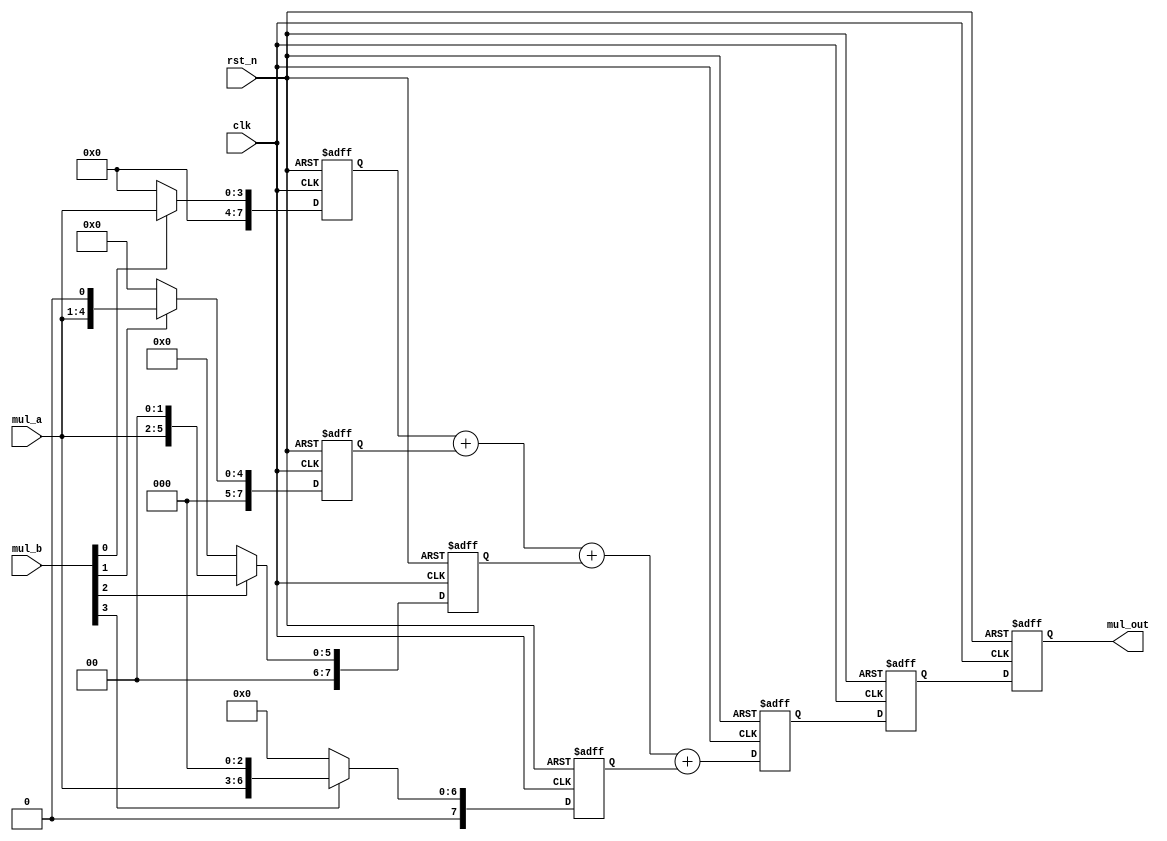
module multi_pipe_4bit #(
    parameter size = 4
) (
    input wire clk,
    input wire rst_n,
    input wire [size-1:0] mul_a,
    input wire [size-1:0] mul_b,
    output wire [2*size-1:0] mul_out
);

    // Intermediate registers for pipeline stages
    reg [2*size-1:0] partial_products[size-1:0];
    reg [2*size-1:0] sum_stage1;
    reg [2*size-1:0] sum_stage2;
    reg [2*size-1:0] final_product;

    // Output assignment
    assign mul_out = final_product;

    // Generate block to create partial products
    genvar i;
    generate
        for (i = 0; i < size; i = i + 1) begin : gen_partial_products
            always @(posedge clk or negedge rst_n) begin
                if (!rst_n) begin
                    partial_products[i] <= 0;
                end else begin
                    // If the corresponding bit in the multiplier is 1,
                    // left-shift the multiplicand by i positions.
                    // Otherwise, the partial product is 0.
                    partial_products[i] <= mul_b[i] ? (mul_a << i) : 0;
                end
            end
        end
    endgenerate

    // Pipeline stage 1: Add partial products
    always @(posedge clk or negedge rst_n) begin
        if (!rst_n) begin
            sum_stage1 <= 0;
        end else begin
            sum_stage1 <= partial_products[0] + partial_products[1] +
                          partial_products[2] + partial_products[3];
        end
    end

    // Pipeline stage 2: Store the result of addition
    always @(posedge clk or negedge rst_n) begin
        if (!rst_n) begin
            sum_stage2 <= 0;
        end else begin
            sum_stage2 <= sum_stage1;
        end
    end

    // Final product calculation
    always @(posedge clk or negedge rst_n) begin
        if (!rst_n) begin
            final_product <= 0;
        end else begin
            final_product <= sum_stage2;
        end
    end

endmodule